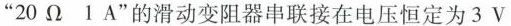
“20Ω 1A”的滑动变阻器串联接在电压恒定为3V